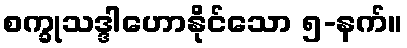
စက္ခုသဒ္ဒါဟောနိုင်သော ၅-နက်။